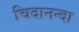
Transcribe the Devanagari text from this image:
चिदानन्दा